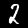
Digit: 2